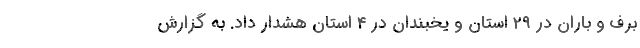
برف و باران در ۲۹ استان و یخبندان در ۴ استان هشدار داد. به گزارش